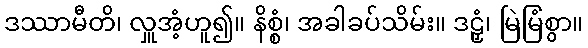
ဒဿာမီတိ၊ လှူအံ့ဟူ၍။ နိစ္စံ၊ အခါခပ်သိမ်း။ ဒဠှံ၊ မြဲမြံစွာ။